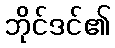
ဘိုင်ဒင်၏